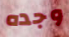
وجده